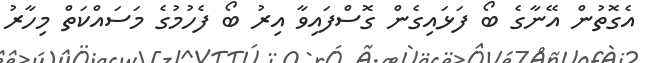
އެގޮތުން އޭނާގެ ބޯ ފަޅައިގެން ގޮސްފައިވާ އިރު ބޯ ފެހުމުގެ މަސައްކަތް މިހާރު